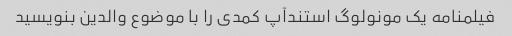
فیلمنامه یک مونولوگ استندآپ کمدی را با موضوع والدین بنویسید